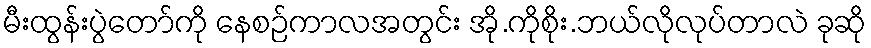
မီးထွန်းပွဲတော်ကို နေစဉ်ကာလအတွင်း အို.ကိုစိုး.ဘယ်လိုလုပ်တာလဲ ခုဆို